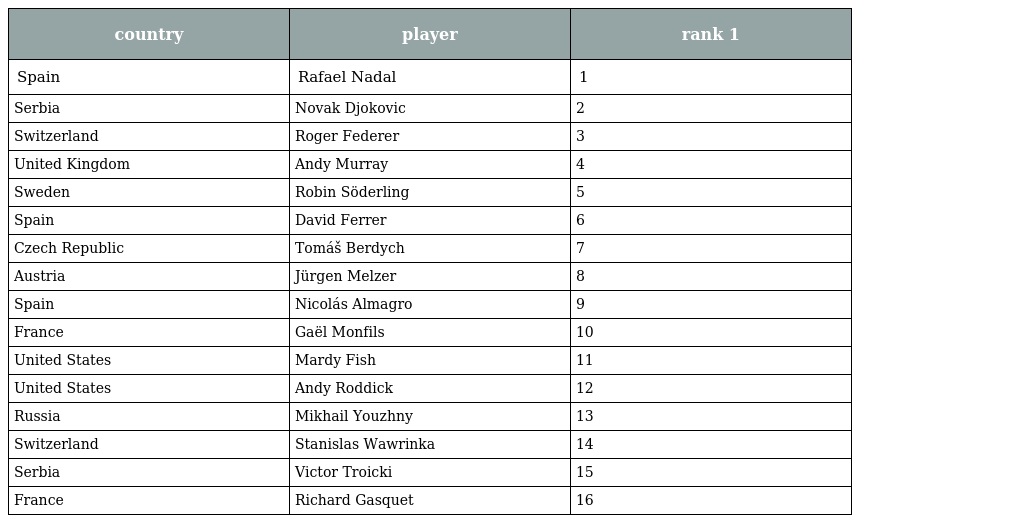
| country | player | rank 1 |
 | --- | --- | --- |
 | Spain | Rafael Nadal | 1 |
 | Serbia | Novak Djokovic | 2 |
 | Switzerland | Roger Federer | 3 |
 | United Kingdom | Andy Murray | 4 |
 | Sweden | Robin Söderling | 5 |
 | Spain | David Ferrer | 6 |
 | Czech Republic | Tomáš Berdych | 7 |
 | Austria | Jürgen Melzer | 8 |
 | Spain | Nicolás Almagro | 9 |
 | France | Gaël Monfils | 10 |
 | United States | Mardy Fish | 11 |
 | United States | Andy Roddick | 12 |
 | Russia | Mikhail Youzhny | 13 |
 | Switzerland | Stanislas Wawrinka | 14 |
 | Serbia | Victor Troicki | 15 |
 | France | Richard Gasquet | 16 |